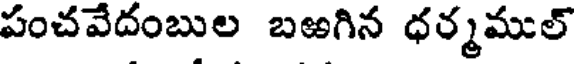
పంచవేదంబుల బఱగిన ధర్మముల్